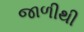
જાળીથી